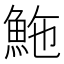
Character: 䰿